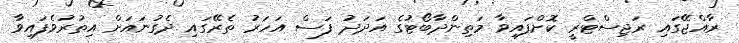
ރާއްޖޭގައި ރަޖިސްޓްރީ ކޮށްފައިވާ މަތިންދާބޯޓުގެ އަދަދު ފަސް އަހަރު ތެރޭގައި ދެގުނައަށް އިތުރުވެފައިވާ